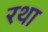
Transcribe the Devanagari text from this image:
रथा